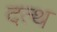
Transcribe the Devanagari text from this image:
दत्थ